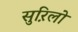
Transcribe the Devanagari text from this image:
सुऱिलो